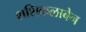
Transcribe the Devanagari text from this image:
शशिकलाबेन